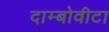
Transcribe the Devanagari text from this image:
दाम्बोवीटा